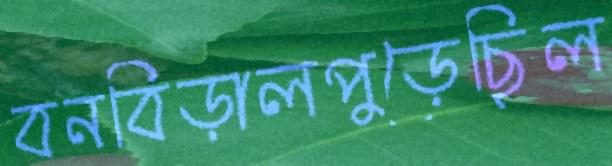
বনবিড়ালপুড়েছিল